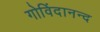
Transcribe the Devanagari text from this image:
गोविंदानन्द